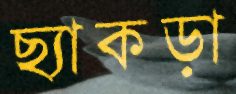
ছ্যাকড়া